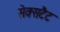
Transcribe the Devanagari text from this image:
सेक्सटैट